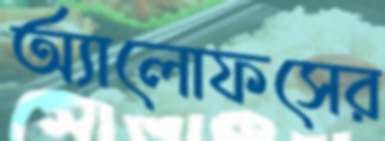
অ্যালোফসের